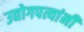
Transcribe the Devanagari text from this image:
उद्योगपत्यांनी